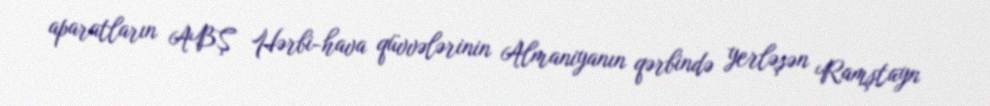
aparatların ABŞ Hərbi-hava qüvvələrinin Almaniyanın qərbində yerləşən Ramştayn